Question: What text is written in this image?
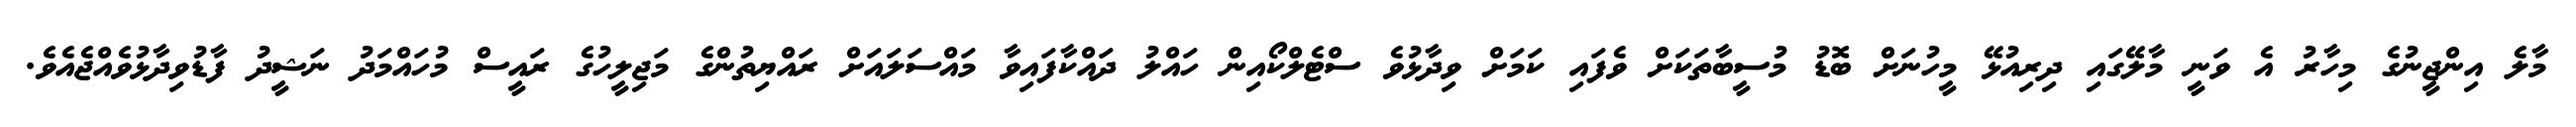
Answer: މާލެ އިންޖީނުގެ މިހާރު އެ ވަނީ މާލޭގައި ދިރިއުޅޭ މީހުނަށް ބޮޑު މުސީބާތަކަށް ވެފައި ކަމަށް ވިދާޅުވެ ސްޓެލްކޯއިން ހައްލު ދައްކާފައިވާ މައްސަލައަށް ރައްޔިތުންގެ މަޖިލީހުގެ ރައީސް މުހައްމަދު ނަޝީދު ފާޑުވިދާޅުވެއްޖެއެވެ.